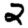
Digit: 2